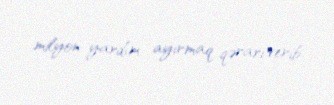
milyon yardım ayırmaq qərarı verib.